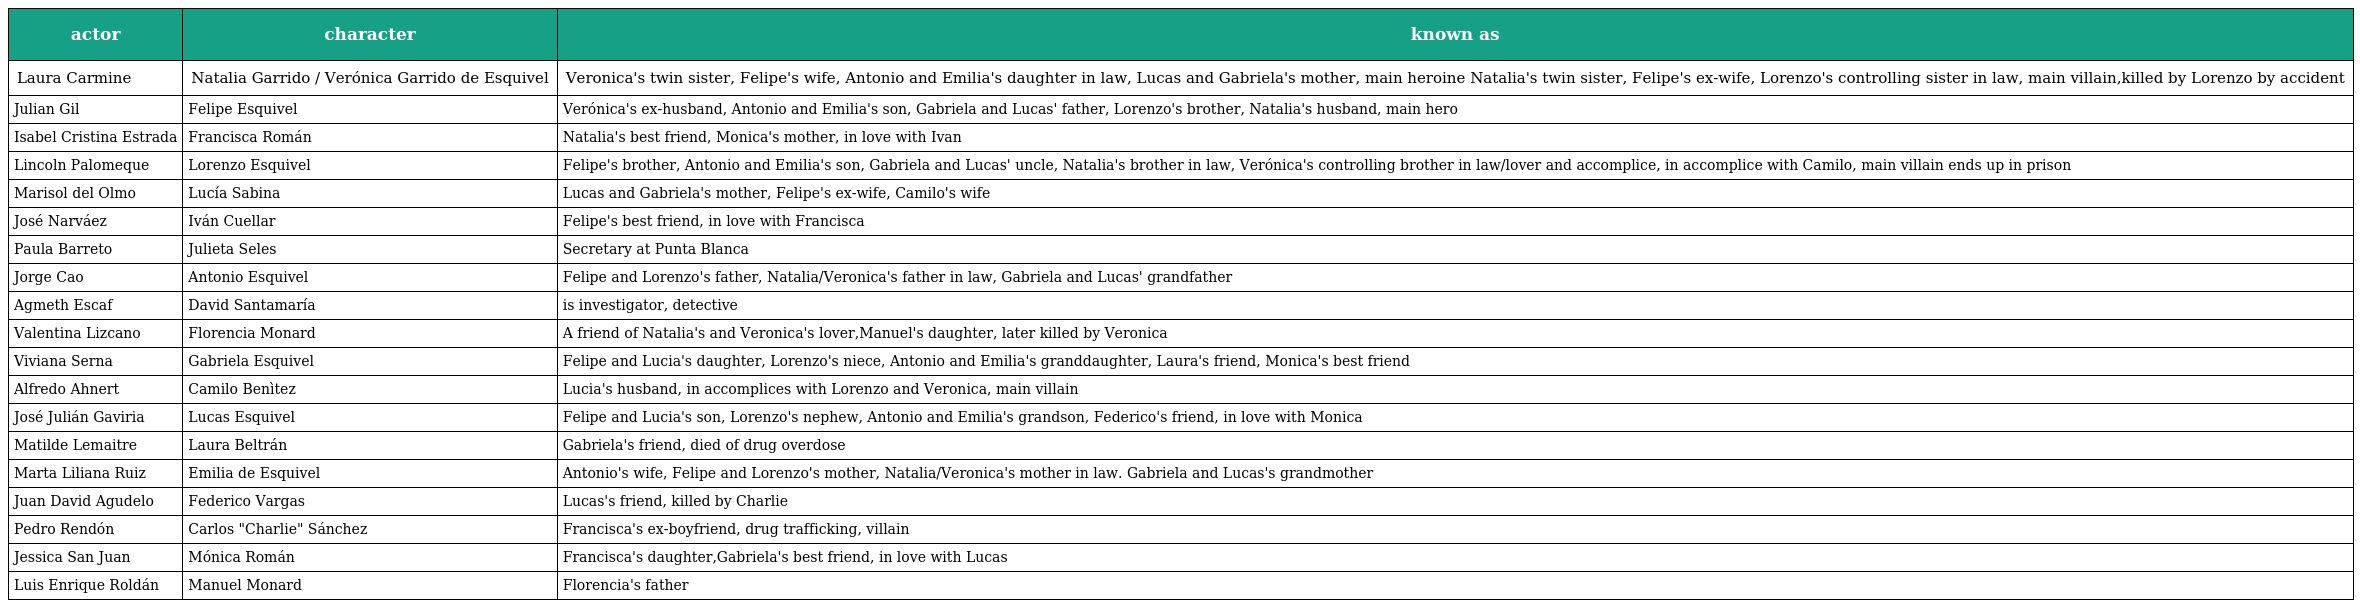
| actor | character | known as |
 | --- | --- | --- |
 | Laura Carmine | Natalia Garrido / Verónica Garrido de Esquivel | Veronica's twin sister, Felipe's wife, Antonio and Emilia's daughter in law, Lucas and Gabriela's mother, main heroine Natalia's twin sister, Felipe's ex-wife, Lorenzo's controlling sister in law, main villain,killed by Lorenzo by accident |
 | Julian Gil | Felipe Esquivel | Verónica's ex-husband, Antonio and Emilia's son, Gabriela and Lucas' father, Lorenzo's brother, Natalia's husband, main hero |
 | Isabel Cristina Estrada | Francisca Román | Natalia's best friend, Monica's mother, in love with Ivan |
 | Lincoln Palomeque | Lorenzo Esquivel | Felipe's brother, Antonio and Emilia's son, Gabriela and Lucas' uncle, Natalia's brother in law, Verónica's controlling brother in law/lover and accomplice, in accomplice with Camilo, main villain ends up in prison |
 | Marisol del Olmo | Lucía Sabina | Lucas and Gabriela's mother, Felipe's ex-wife, Camilo's wife |
 | José Narváez | Iván Cuellar | Felipe's best friend, in love with Francisca |
 | Paula Barreto | Julieta Seles | Secretary at Punta Blanca |
 | Jorge Cao | Antonio Esquivel | Felipe and Lorenzo's father, Natalia/Veronica's father in law, Gabriela and Lucas' grandfather |
 | Agmeth Escaf | David Santamaría | is investigator, detective |
 | Valentina Lizcano | Florencia Monard | A friend of Natalia's and Veronica's lover,Manuel's daughter, later killed by Veronica |
 | Viviana Serna | Gabriela Esquivel | Felipe and Lucia's daughter, Lorenzo's niece, Antonio and Emilia's granddaughter, Laura's friend, Monica's best friend |
 | Alfredo Ahnert | Camilo Benìtez | Lucia's husband, in accomplices with Lorenzo and Veronica, main villain |
 | José Julián Gaviria | Lucas Esquivel | Felipe and Lucia's son, Lorenzo's nephew, Antonio and Emilia's grandson, Federico's friend, in love with Monica |
 | Matilde Lemaitre | Laura Beltrán | Gabriela's friend, died of drug overdose |
 | Marta Liliana Ruiz | Emilia de Esquivel | Antonio's wife, Felipe and Lorenzo's mother, Natalia/Veronica's mother in law. Gabriela and Lucas's grandmother |
 | Juan David Agudelo | Federico Vargas | Lucas's friend, killed by Charlie |
 | Pedro Rendón | Carlos "Charlie" Sánchez | Francisca's ex-boyfriend, drug trafficking, villain |
 | Jessica San Juan | Mónica Román | Francisca's daughter,Gabriela's best friend, in love with Lucas |
 | Luis Enrique Roldán | Manuel Monard | Florencia's father |